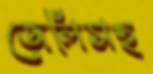
জেলিসহ